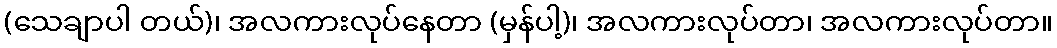
(သေချာပါ တယ်)၊ အလကားလုပ်နေတာ (မှန်ပါ့)၊ အလကားလုပ်တာ၊ အလကားလုပ်တာ။